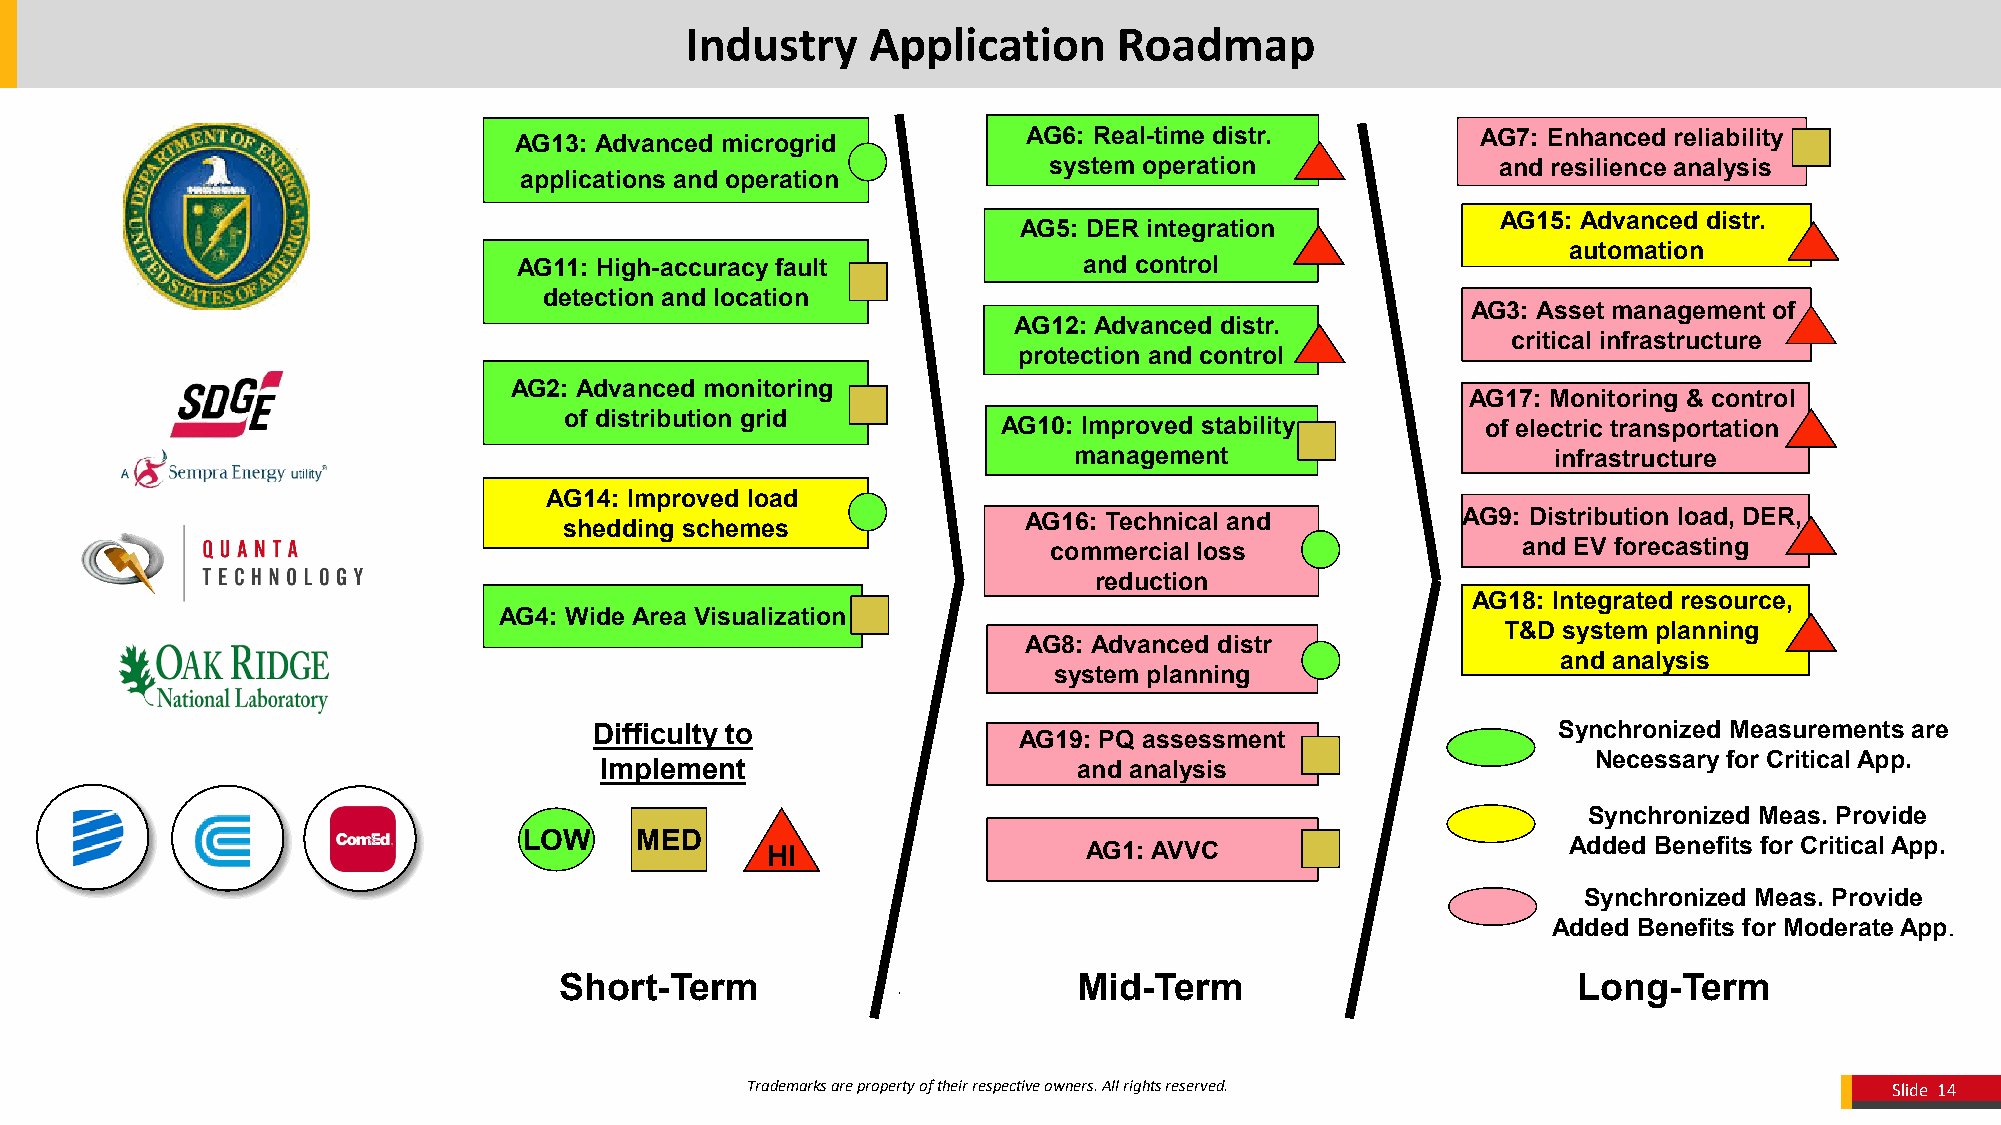
Industry     Application     Roadmap
 AG13: Advanced microgrid          AG6: Real-time distr.         AG7: Enhanced reliability
 system operation              and resilience analysis
 applications and operation
 AG15: Advanced distr.
 AG5: DER integration
 automation
 AG11: High-accuracy fault             and control
 detection and location
 AG3: Asset management of
 AG12: Advanced distr.
 critical infrastructure
 protection and control
 AG2: Advanced monitoring
 AG17: Monitoring & control
 of distribution grid
 AG10: Improved stability        of electric transportation
 management                      infrastructure
 AG14: Improved load
 AG16: Technical and          AG9: Distribution load, DER,
 shedding schemes
 commercial loss                 and EV forecasting
 reduction
 AG18: Integrated resource,
 AG4: Wide Area Visualization
 T&D system planning
 AG8: Advanced distr
 and analysis
 system planning
 Difficulty to                                                   Synchronized Measurements are
 AG19: PQ assessment
 Necessary for Critical App.
 Implement                      and analysis
 Synchronized Meas. Provide
 LOW    MED      HI                   AG1: AVVC                       Added Benefits for Critical App.
 Synchronized Meas. Provide
 Added Benefits for Moderate App.
 Short-Term                        Mid-Term                         Long-Term
 Trademarks are property of their respective owners. All rights reserved.    Slide 14